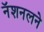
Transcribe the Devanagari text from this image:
नॅशनलने